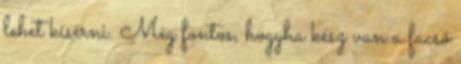
lehet kísérni. Még fontos, hogyha kész van a facső